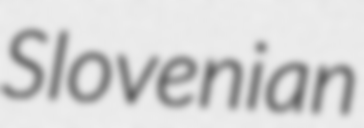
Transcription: Slovenian